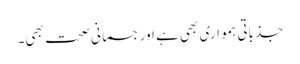
جذباتی ہمواری بھی ہے اور جسمانی صحت بھی۔